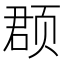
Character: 𫖳